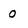
Character: 0